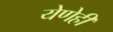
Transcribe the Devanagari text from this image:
येणेही